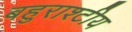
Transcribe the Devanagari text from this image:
बहुराश्टीय